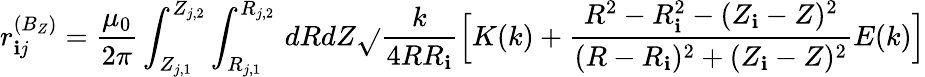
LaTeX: r_{\mathbf{i}j}^{(B_{Z})}=\frac{{\mu_{0}}}{{2\pi}}\int_{Z_{j,1}}^{Z_{j,2}}\int_{R_{j,1}}^{R_{j,2}}\, dRdZ\sqrt{}{{\frac{{k}}{{4RR_{\mathbf{i}}}}}}\Big[K(k)+\frac{{R^{2}-R_{\mathbf{i}}^{2}-(Z_{\mathbf{i}}-Z)^{2}}}{{(R-R_{\mathbf{i}})^{2}+(Z_{\mathbf{i}}-Z)^{2}}}E(k)\Big]